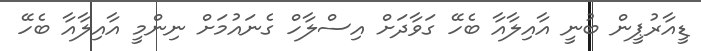
ޑީއާރުޕީން ބުނީ އާއިލާއާ ބެހޭ ގަވާދަށް އިސްލާހް ގެނައުމަށް ނިންމީ އާއިލާއާ ބެހޭ